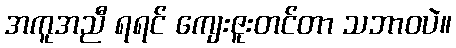
အကူအညီ ရရင် ကျေးဇူးတင်တာ သဘာဝပဲ။